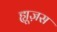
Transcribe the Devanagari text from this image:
ह्यूज़स